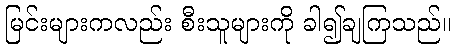
မြင်းများကလည်း စီးသူများကို ခါ၍ချကြသည်။